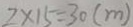
2 \times 1 5 = 3 0 ( m )